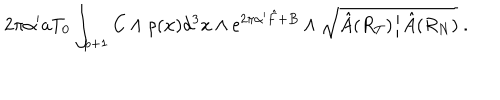
LaTeX: 2 \pi \alpha ^ { \prime } a T _ { 0 } \int _ { p + 1 } C \wedge \rho ( { \bf x } ) d ^ { 3 } x \wedge \mathrm { e } ^ { 2 \pi \alpha ^ { \prime } { \hat { F } } + B } \wedge \sqrt { \hat { A } ( R _ { T } ) / \hat { A } ( R _ { N } ) } ~ .